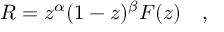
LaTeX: R = z ^ { \alpha } ( 1 - z ) ^ { \beta } F ( z ) \quad ,